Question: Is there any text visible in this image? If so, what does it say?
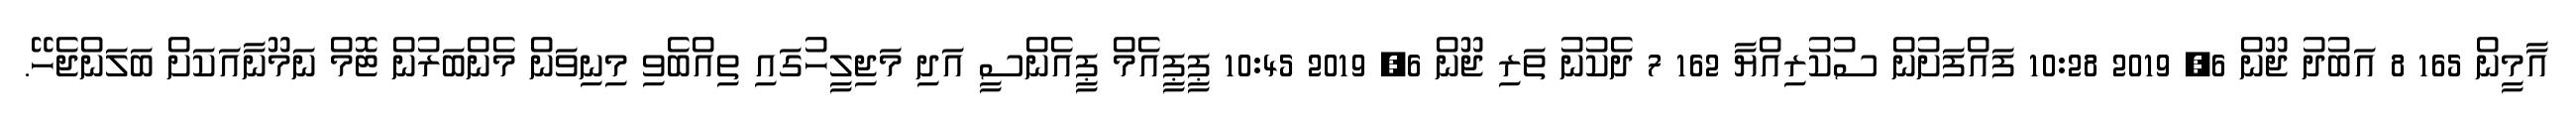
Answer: އާމީން 165 8 އަބުދު ޖޫން 6, 2019 10:28 ފައްފަށުން ސުކުރިއްޔާ 162 7 ދެކުނު ތަރި ޖޫން 6, 2019 10:45 ޕީޕީއެމް ޕީއެންސީ އަދި މަޖިލީހުގައި ތިއްބެވި މިނިވަން މެންބަރުން ޓޮމް ނަމޫނާއަކަށް ބަލަންޖެހޭ.